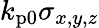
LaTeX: k_{\mathrm{p0}}\sigma_{x,y,z}